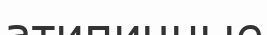
атипичные